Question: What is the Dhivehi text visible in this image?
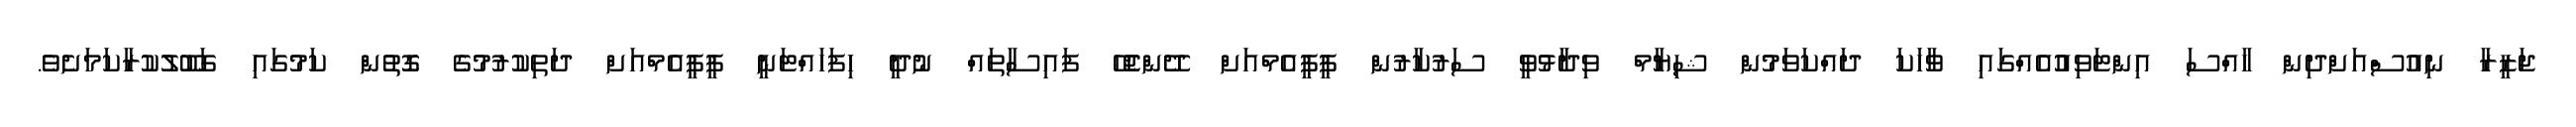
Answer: ޖަޒީރާ ނިއުސްއަށްދިން ހާއްސަ އިންޓަވިއުުއެއްގައި ވާހަކަ ދައްކަވަމުން ޝިޔާމް ވިދާޅުވީ ސަރުކާރުން ޕީޕީއެމްއަށް ދޭންޖެހޭ ފައިސާތައް ނުދީ ހިފަހައްޓަނީ ޕީޕީއެމްއަށް ދަތިކުރުމުގެ ގޮތުން ކަމުގައި ގަބޫލުކުރާކަމަށެވެ.